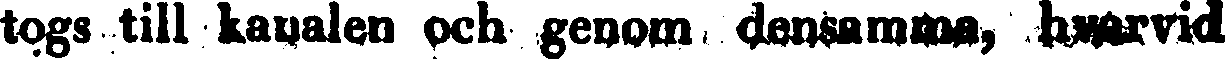
togs till kanalen och genom densamma, hwarwid